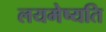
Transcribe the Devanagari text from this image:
लयमेष्यति